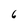
Character: 6